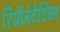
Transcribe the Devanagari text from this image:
रिप्रेंजेटेटिव्स